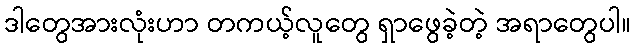
ဒါတွေအားလုံးဟာ တကယ့်လူတွေ ရှာဖွေခဲ့တဲ့ အရာတွေပါ။